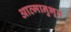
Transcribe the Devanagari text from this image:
आत्मानुभूत